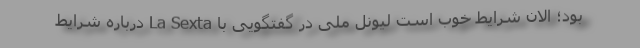
بود؛ الان شرایط خوب است لیونل ملی در گفتگویی با La Sexta درباره شرایط